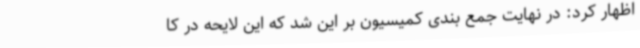
اظهار کرد: در نهایت جمع بندی کمیسیون بر این شد که این لایحه در کا